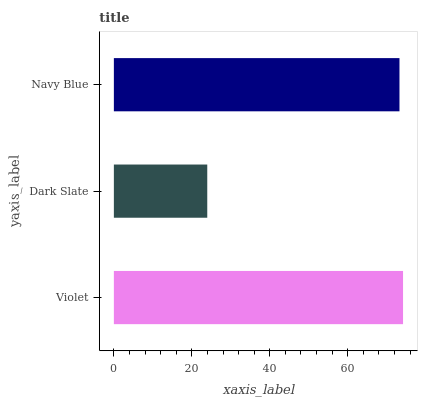
| yaxis_label | bars |
 | --- | --- |
 | Violet | 74.2 |
 | Dark Slate | 24 |
 | Navy Blue | 73.3 |